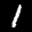
Label: 1